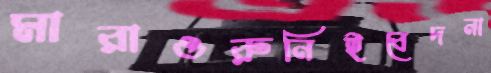
মারাওরুনিইবেদনা